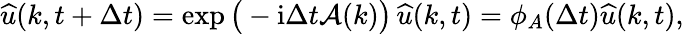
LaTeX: \widehat{u}(k,t+\Delta t)=\exp\big(-\mathrm{i}\Delta t\mathcal{A}(k)\big)\, \widehat{u}(k,t)=\phi_{A}(\Delta t)\widehat{u}(k,t),